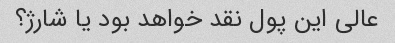
عالی این پول نقد خواهد بود یا شارژ؟